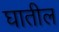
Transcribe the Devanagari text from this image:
घातील